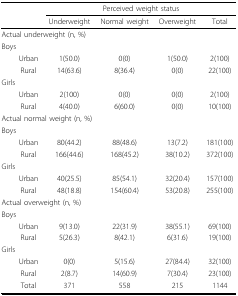
|  | <COLSPAN=4> Perceived weight status |
 |  | Underweight | Normal weight | Overweight | Total |
 | --- | --- | --- | --- | --- |
 | <COLSPAN=5> Actual underweight (n, %) |
 | <COLSPAN=5> Boys |
 | Urban | 1(50.0) | 0(0) | 1(50.0) | 2(100) |
 | Rural | 14(63.6) | 8(36.4) | 0(0) | 22(100) |
 | <COLSPAN=5> Girls |
 | Urban | 2(100) | 0(0) | 0(0) | 2(100) |
 | Rural | 4(40.0) | 6(60.0) | 0(0) | 10(100) |
 | <COLSPAN=5> Actual normal weight (n, %) |
 | <COLSPAN=5> Boys |
 | Urban | 80(44.2) | 88(48.6) | 13(7.2) | 181(100) |
 | Rural | 166(44.6) | 168(45.2) | 38(10.2) | 372(100) |
 | <COLSPAN=5> Girls |
 | Urban | 40(25.5) | 85(54.1) | 32(20.4) | 157(100) |
 | Rural | 48(18.8) | 154(60.4) | 53(20.8) | 255(100) |
 | <COLSPAN=5> Actual overweight (n, %) |
 | <COLSPAN=5> Boys |
 | Urban | 9(13.0) | 22(31.9) | 38(55.1) | 69(100) |
 | Rural | 5(26.3) | 8(42.1) | 6(31.6) | 19(100) |
 | <COLSPAN=5> Girls |
 | Urban | 0(0) | 5(15.6) | 27(84.4) | 32(100) |
 | Rural | 2(8.7) | 14(60.9) | 7(30.4) | 23(100) |
 | Total | 371 | 558 | 215 | 1144 |